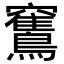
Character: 𥩏